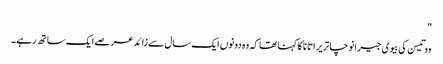
"
ووتیسن کی بیوی جیرانوچا تریراتانا کا کہنا تھا کہ وہ دونوں ایک سال سے زائد عرصے ایک ساتھ رہے۔